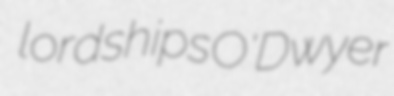
lordships O'Dwyer